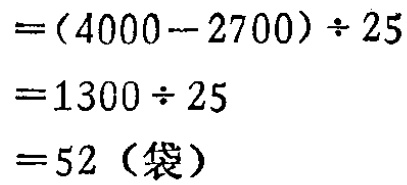
\[
\begin{align*}
&=(4000 - 2700)\div25\\
&=1300\div25\\
&=1300\div25\\
& = 52 (\text{袋})
\end{align*}
\]